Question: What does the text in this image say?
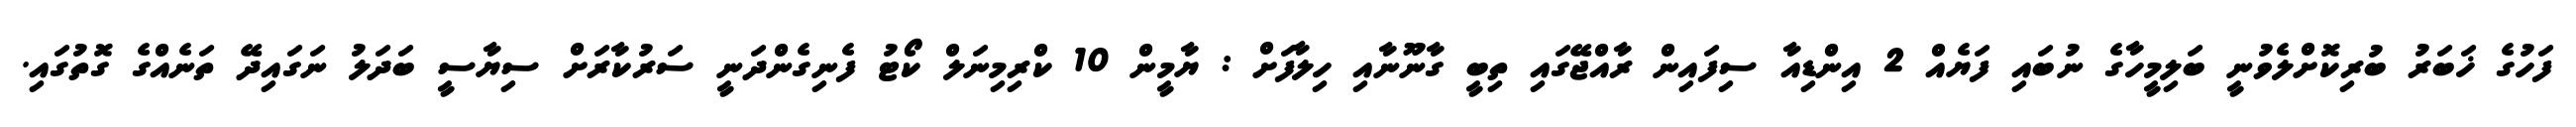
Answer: ފަހުގެ ޚަބަރު ބުރިކޮށްލެވުނީ ބަލިމީހާގެ ނުބައި ފަޔެއް 2 އިންޑިއާ ސިފައިން ރާއްޖޭގައި ތިބީ ގާނޫނާއި ހިލާފަށް : ޔާމީން 10 ކްރިމިނަލް ކޯޓު ފެނިގެންދަނީ ސަރުކާރަށް ސިޔާސީ ބަދަލު ނަގައިދޭ ތަނެއްގެ ގޮތުގައި.